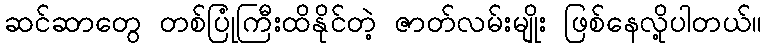
ဆင်ဆာတွေ တစ်ပြုံကြီးထိနိုင်တဲ့ ဇာတ်လမ်းမျိုး ဖြစ်နေလို့ပါတယ်။